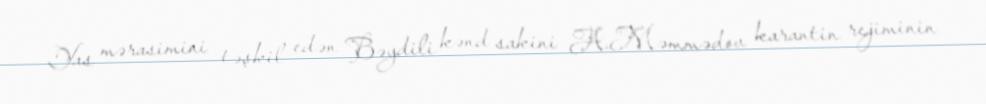
Yas mərasimini təşkil edən Bəydili kənd sakini A.Məmmədov karantin rejiminin